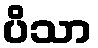
ပိသာ